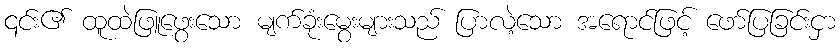
၎င်း၏ ထူထဲဖြူဖွေးသော မျက်ခုံးမွေးများသည် ပြာလဲ့သော အရောင်ဖြင့် ဖော်ပြခြင်းငှာ